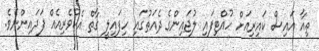
ތިއާ އައިސް ކައިރިއަށް ހުއްޓިފައި ލުޖައިންގެ ދެއަތުގައި ހިފައިލީ ގާތް އެކުވެރިއެއް ފަދައިންނެވެ.